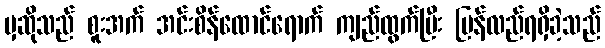
မှဆိုသည် စူးအက် အင်းစိန်ထောင်ရောက် ကျည်ထွက်ပြီး ပြန်လည်ရရှိခဲ့သည်